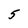
Character: 5